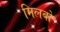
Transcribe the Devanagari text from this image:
मिलबो